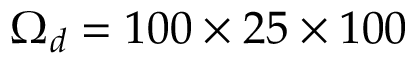
\Omega _ { d } = 1 0 0 \times 2 5 \times 1 0 0